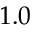
1 . 0